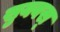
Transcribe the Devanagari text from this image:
सुयवस्